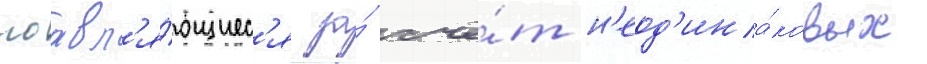
поавл'я́ющиес'я за́ счё́т н'еод'ина́ковых